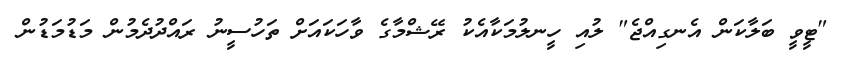
"ޓީވީ ބަލާކަން އެނގިއްޖެ" ލުއި ހީނލުމަކާއެކު ރޭޝްމާގެ ވާހަކައަށް ތަހުސީނު ރައްދުދެމުން މަޑުމަޑުން